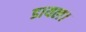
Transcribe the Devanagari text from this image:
डायल।